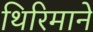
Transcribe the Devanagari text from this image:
थिरिमाने